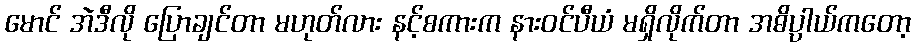
မောင် အဲဒီလို ပြောချင်တာ မဟုတ်လား နင့်စကားက နားဝင်ပီယံ မရှိလိုက်တာ အဓိပ္ပာယ်ကတော့